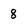
Character: 8